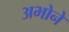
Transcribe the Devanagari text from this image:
अभोने